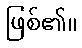
ဖြစ်၏။